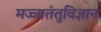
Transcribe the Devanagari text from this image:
मज्जातंतुविज्ञान